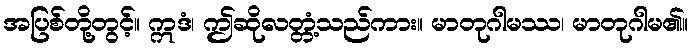
အပြစ်တို့တွင့်။ ဣဒံ၊ ဤဆိုလတ္တံ့သည်ကား။ မာတုဂါမဿ၊ မာတုဂါမ၏။